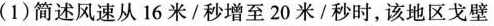
(1)简述风速从16米/秒增至20米/秒时，该地区戈壁